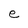
Character: e